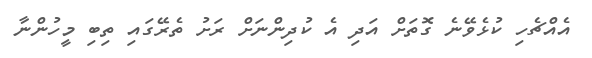
އެއްޗެހި ކުޅެވޭނެ ގޮތަށް އަދި އެ ކުދިންނަށް ރަށު ތެރޭގައި ތިބި މީހުންނާ